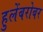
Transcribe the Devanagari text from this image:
हुलेंबरोबर